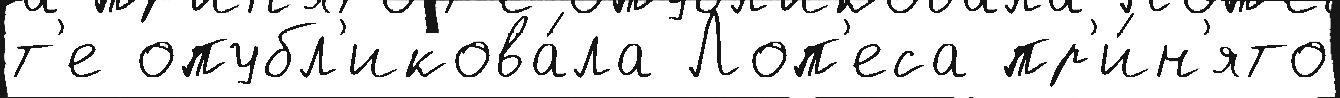
т'е опубл'икова́ла Лоп'еса пр'и́н'ято